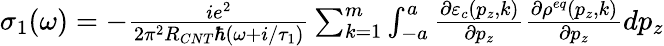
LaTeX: \begin{array}{r}{\sigma_{1}(\omega)=-\frac{ie^{2}}{2\pi^{2}R_{CNT}\hbar(\omega+i/\tau_{1})}\sum_{k=1}^{m}\int_{-a}^{a}\frac{\partial\varepsilon_{c}(p_{z},k)}{\partial p_{z}}\frac{\partial\rho^{eq}(p_{z},k)}{\partial p_{z}}dp_{z}}\end{array}